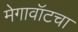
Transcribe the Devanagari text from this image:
मेगावॉटचा